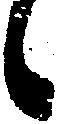
候